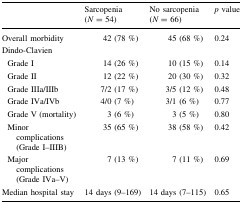
|  | Sarcopenia(N = 54) | No sarcopenia(N = 66) | p value |
 | --- | --- | --- | --- |
 | Overall morbidity | 42 (78 %) | 45 (68 %) | 0.24 |
 | <COLSPAN=4> Dindo-Clavien |
 | Grade I | 14 (26 %) | 10 (15 %) | 0.14 |
 | Grade II | 12 (22 %) | 20 (30 %) | 0.32 |
 | Grade IIIa/IIIb | 7/2 (17 %) | 3/5 (12 %) | 0.48 |
 | Grade IVa/IVb | 4/0 (7 %) | 3/1 (6 %) | 0.77 |
 | Grade V (mortality) | 3 (6 %) | 3 (5 %) | 0.80 |
 | Minor complications (Grade I–IIIB) | 35 (65 %) | 38 (58 %) | 0.42 |
 | Major complications (Grade IVa–V) | 7 (13 %) | 7 (11 %) | 0.69 |
 | Median hospital stay | 14 days (9–169) | 14 days (7–115) | 0.65 |